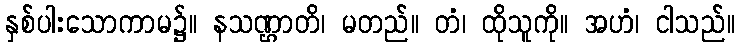
နှစ်ပါးသောကာမ၌။ နသဏ္ဌာတိ၊ မတည်။ တံ၊ ထိုသူကို။ အဟံ၊ ငါသည်။